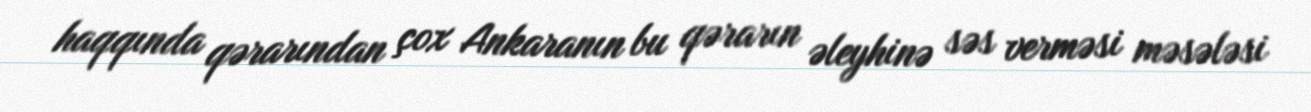
haqqında qərarından çox Ankaranın bu qərarın əleyhinə səs verməsi məsələsi